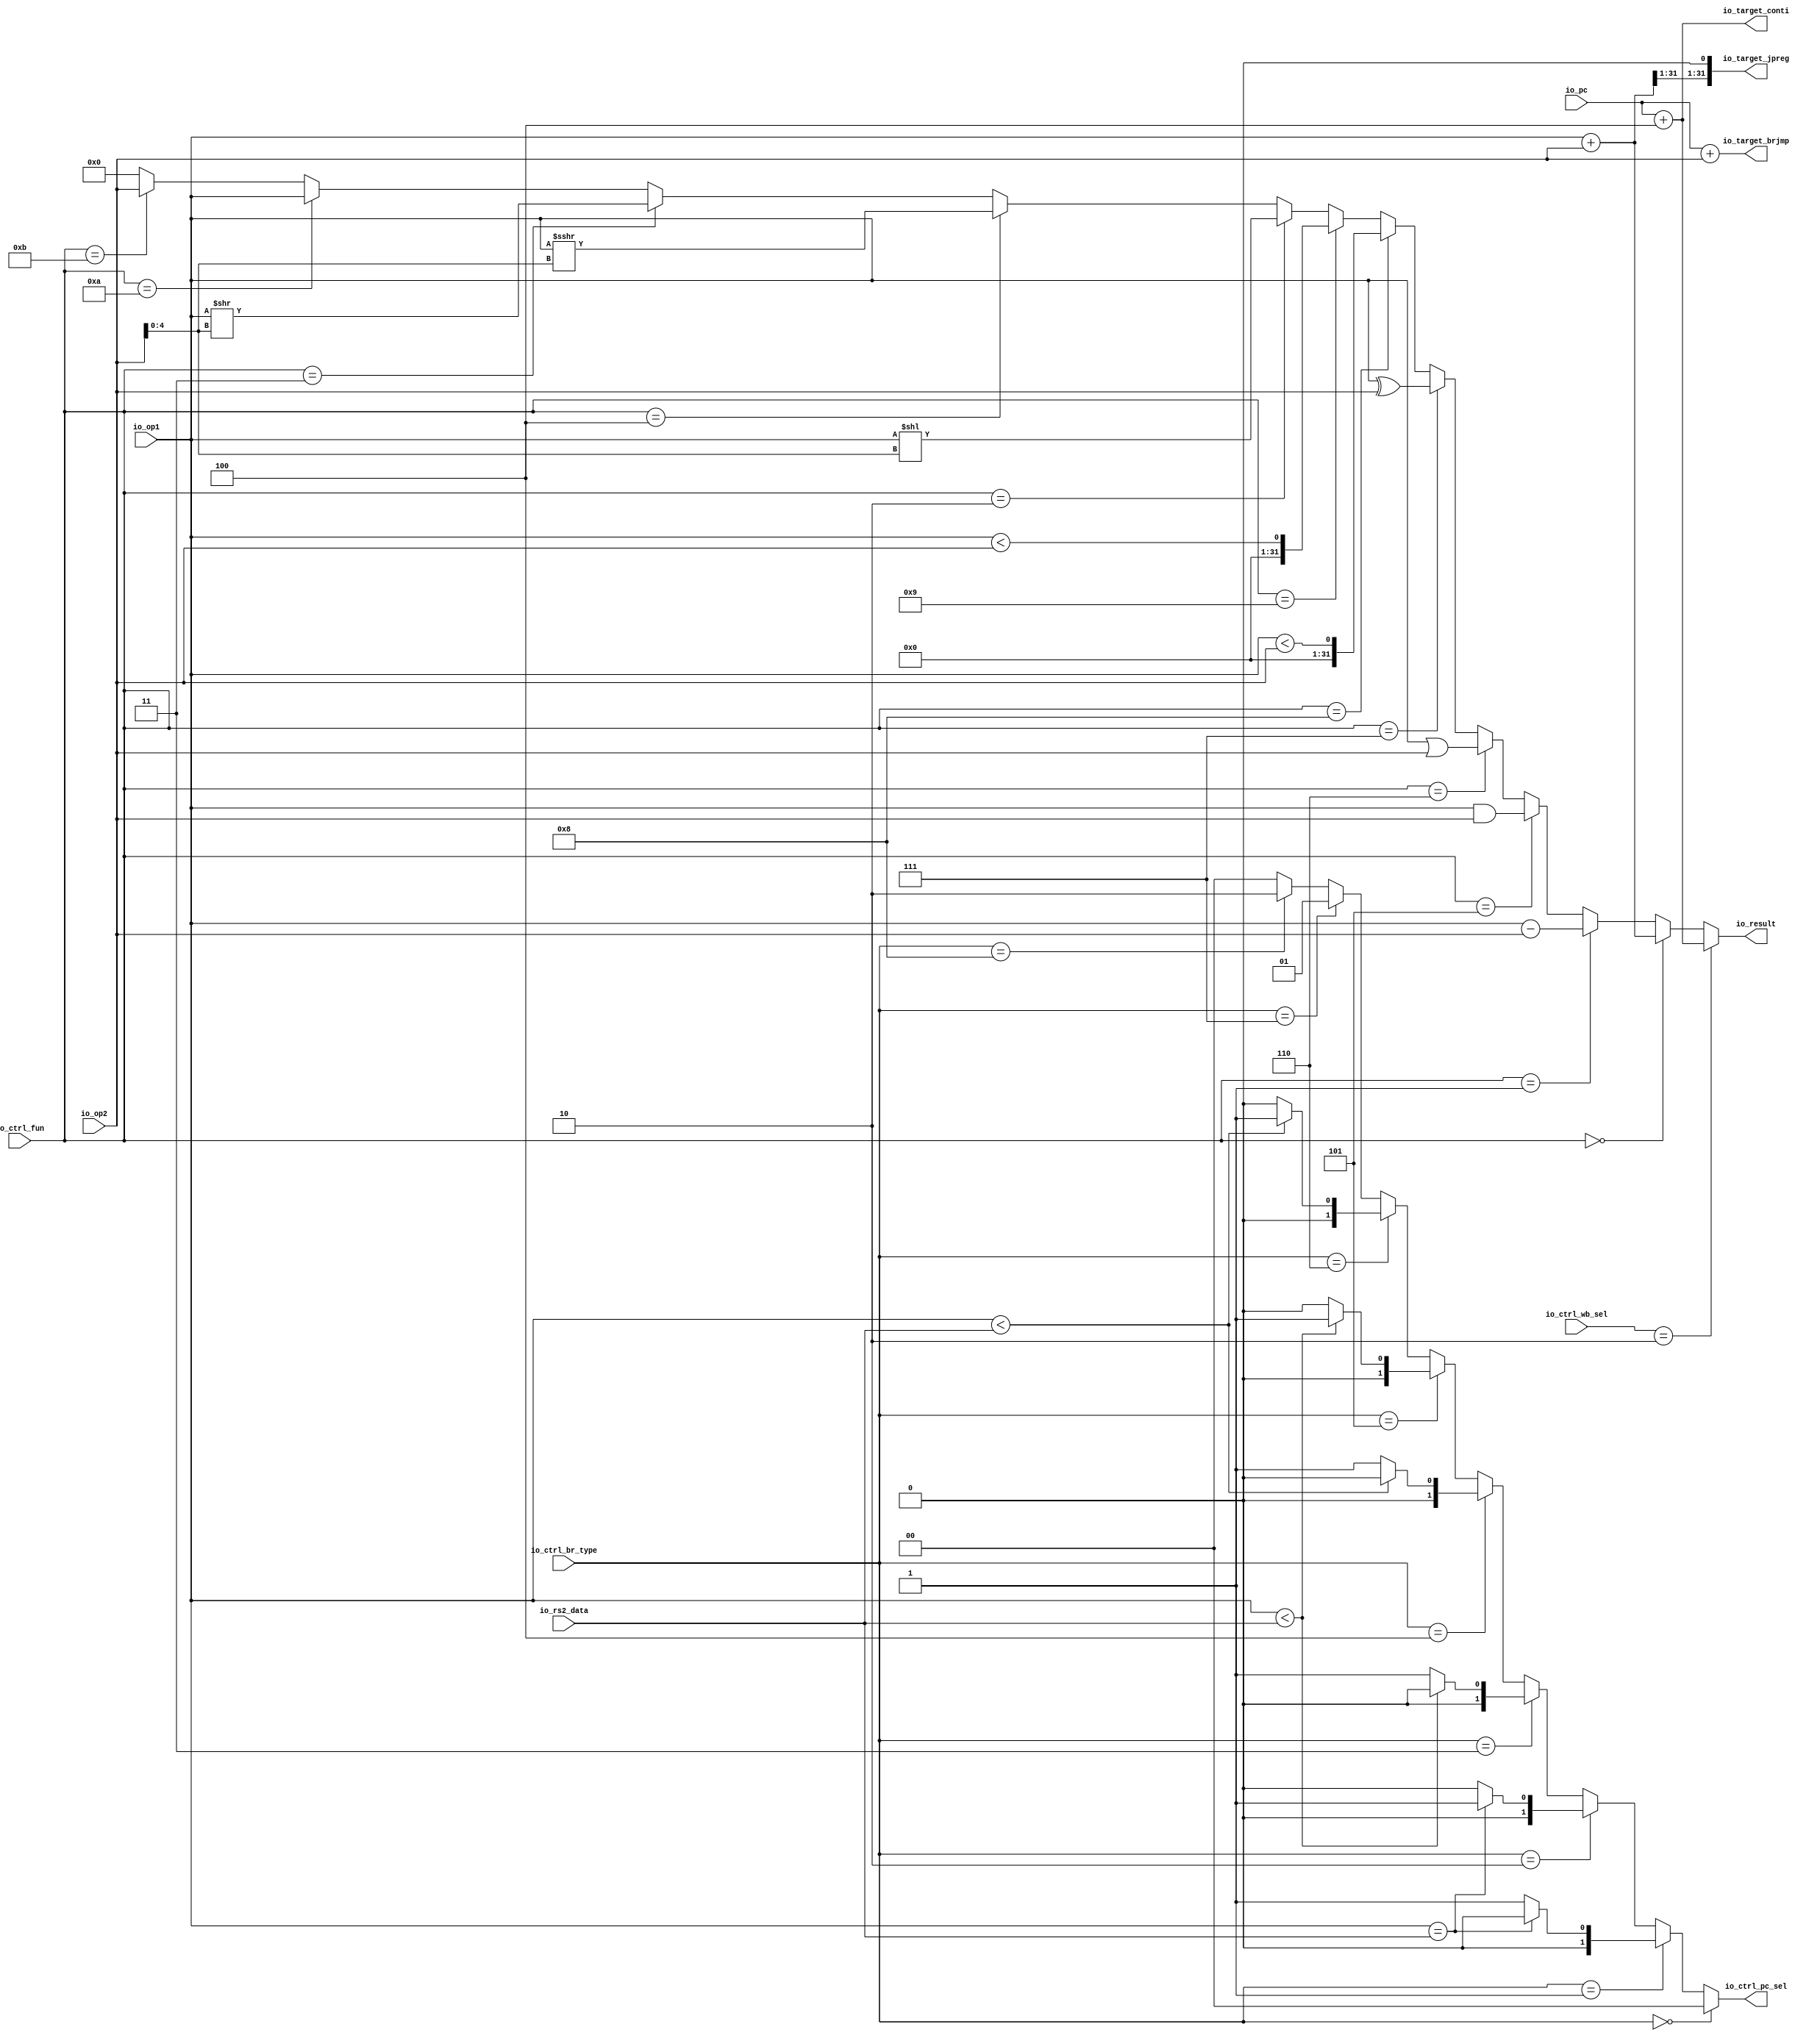
module ALU( // @[:@4914.2]
  input  [31:0] io_op1, // @[:@4917.4]
  input  [31:0] io_op2, // @[:@4917.4]
  input  [31:0] io_pc, // @[:@4917.4]
  input  [3:0]  io_ctrl_fun, // @[:@4917.4]
  input  [3:0]  io_ctrl_br_type, // @[:@4917.4]
  input  [1:0]  io_ctrl_wb_sel, // @[:@4917.4]
  output [1:0]  io_ctrl_pc_sel, // @[:@4917.4]
  input  [31:0] io_rs2_data, // @[:@4917.4]
  output [31:0] io_result, // @[:@4917.4]
  output [31:0] io_target_brjmp, // @[:@4917.4]
  output [31:0] io_target_jpreg, // @[:@4917.4]
  output [31:0] io_target_conti // @[:@4917.4]
);
  wire [4:0] alu_shamt; // @[ALU.scala 32:32:@4919.4]
  wire [32:0] _T_25; // @[ALU.scala 33:34:@4920.4]
  wire [31:0] add_result; // @[ALU.scala 33:34:@4921.4]
  wire  _T_29; // @[ALU.scala 38:18:@4924.4]
  wire  _T_30; // @[ALU.scala 39:18:@4925.4]
  wire [32:0] _T_31; // @[ALU.scala 39:44:@4926.4]
  wire [32:0] _T_32; // @[ALU.scala 39:44:@4927.4]
  wire [31:0] _T_33; // @[ALU.scala 39:44:@4928.4]
  wire  _T_34; // @[ALU.scala 40:18:@4929.4]
  wire [31:0] _T_35; // @[ALU.scala 40:44:@4930.4]
  wire  _T_36; // @[ALU.scala 41:18:@4931.4]
  wire [31:0] _T_37; // @[ALU.scala 41:44:@4932.4]
  wire  _T_38; // @[ALU.scala 42:18:@4933.4]
  wire [31:0] _T_39; // @[ALU.scala 42:44:@4934.4]
  wire  _T_40; // @[ALU.scala 43:18:@4935.4]
  wire [31:0] _T_41; // @[ALU.scala 43:44:@4936.4]
  wire [31:0] _T_42; // @[ALU.scala 43:60:@4937.4]
  wire  _T_43; // @[ALU.scala 43:51:@4938.4]
  wire  _T_44; // @[ALU.scala 44:18:@4939.4]
  wire  _T_45; // @[ALU.scala 44:44:@4940.4]
  wire  _T_46; // @[ALU.scala 45:18:@4941.4]
  wire [62:0] _GEN_0; // @[ALU.scala 45:44:@4942.4]
  wire [62:0] _T_47; // @[ALU.scala 45:44:@4942.4]
  wire [31:0] _T_48; // @[ALU.scala 45:57:@4943.4]
  wire  _T_49; // @[ALU.scala 46:18:@4944.4]
  wire [31:0] _T_51; // @[ALU.scala 46:51:@4946.4]
  wire [31:0] _T_52; // @[ALU.scala 46:65:@4947.4]
  wire  _T_53; // @[ALU.scala 47:18:@4948.4]
  wire [31:0] _T_54; // @[ALU.scala 47:44:@4949.4]
  wire  _T_55; // @[ALU.scala 48:18:@4950.4]
  wire  _T_56; // @[ALU.scala 49:18:@4951.4]
  wire [31:0] _T_57; // @[Mux.scala 61:16:@4952.4]
  wire [31:0] _T_58; // @[Mux.scala 61:16:@4953.4]
  wire [31:0] _T_59; // @[Mux.scala 61:16:@4954.4]
  wire [31:0] _T_60; // @[Mux.scala 61:16:@4955.4]
  wire [31:0] _T_61; // @[Mux.scala 61:16:@4956.4]
  wire [31:0] _T_62; // @[Mux.scala 61:16:@4957.4]
  wire [31:0] _T_63; // @[Mux.scala 61:16:@4958.4]
  wire [31:0] _T_64; // @[Mux.scala 61:16:@4959.4]
  wire [31:0] _T_65; // @[Mux.scala 61:16:@4960.4]
  wire [31:0] _T_66; // @[Mux.scala 61:16:@4961.4]
  wire [31:0] _T_67; // @[Mux.scala 61:16:@4962.4]
  wire [31:0] result; // @[Mux.scala 61:16:@4963.4]
  wire [32:0] _T_69; // @[ALU.scala 52:31:@4965.4]
  wire [30:0] _T_71; // @[ALU.scala 53:39:@4968.4]
  wire [32:0] _T_75; // @[ALU.scala 54:31:@4971.4]
  wire  _T_77; // @[ALU.scala 55:40:@4974.4]
  wire  br_eq; // @[ALU.scala 57:29:@4977.4]
  wire [31:0] _T_80; // @[ALU.scala 58:50:@4979.4]
  wire  br_lt; // @[ALU.scala 58:36:@4980.4]
  wire  br_ltu; // @[ALU.scala 59:36:@4981.4]
  wire  _T_81; // @[ALU.scala 63:25:@4982.4]
  wire  _T_82; // @[ALU.scala 64:25:@4983.4]
  wire  _T_84; // @[ALU.scala 64:41:@4984.4]
  wire [1:0] _T_85; // @[ALU.scala 64:40:@4985.4]
  wire  _T_86; // @[ALU.scala 65:25:@4986.4]
  wire [1:0] _T_87; // @[ALU.scala 65:40:@4987.4]
  wire  _T_88; // @[ALU.scala 66:25:@4988.4]
  wire  _T_90; // @[ALU.scala 66:41:@4989.4]
  wire [1:0] _T_91; // @[ALU.scala 66:40:@4990.4]
  wire  _T_92; // @[ALU.scala 67:25:@4991.4]
  wire  _T_94; // @[ALU.scala 67:41:@4992.4]
  wire [1:0] _T_95; // @[ALU.scala 67:40:@4993.4]
  wire  _T_96; // @[ALU.scala 68:25:@4994.4]
  wire [1:0] _T_97; // @[ALU.scala 68:40:@4995.4]
  wire  _T_98; // @[ALU.scala 69:25:@4996.4]
  wire [1:0] _T_99; // @[ALU.scala 69:40:@4997.4]
  wire  _T_100; // @[ALU.scala 70:25:@4998.4]
  wire  _T_101; // @[ALU.scala 71:25:@4999.4]
  wire [1:0] _T_102; // @[ALU.scala 71:8:@5000.4]
  wire [1:0] _T_103; // @[ALU.scala 70:8:@5001.4]
  wire [1:0] _T_104; // @[ALU.scala 69:8:@5002.4]
  wire [1:0] _T_105; // @[ALU.scala 68:8:@5003.4]
  wire [1:0] _T_106; // @[ALU.scala 67:8:@5004.4]
  wire [1:0] _T_107; // @[ALU.scala 66:8:@5005.4]
  wire [1:0] _T_108; // @[ALU.scala 65:8:@5006.4]
  wire [1:0] _T_109; // @[ALU.scala 64:8:@5007.4]
  assign alu_shamt = io_op2[4:0]; // @[ALU.scala 32:32:@4919.4]
  assign _T_25 = io_op1 + io_op2; // @[ALU.scala 33:34:@4920.4]
  assign add_result = io_op1 + io_op2; // @[ALU.scala 33:34:@4921.4]
  assign _T_29 = io_ctrl_fun == 4'h0; // @[ALU.scala 38:18:@4924.4]
  assign _T_30 = io_ctrl_fun == 4'h1; // @[ALU.scala 39:18:@4925.4]
  assign _T_31 = io_op1 - io_op2; // @[ALU.scala 39:44:@4926.4]
  assign _T_32 = $unsigned(_T_31); // @[ALU.scala 39:44:@4927.4]
  assign _T_33 = _T_32[31:0]; // @[ALU.scala 39:44:@4928.4]
  assign _T_34 = io_ctrl_fun == 4'h5; // @[ALU.scala 40:18:@4929.4]
  assign _T_35 = io_op1 & io_op2; // @[ALU.scala 40:44:@4930.4]
  assign _T_36 = io_ctrl_fun == 4'h6; // @[ALU.scala 41:18:@4931.4]
  assign _T_37 = io_op1 | io_op2; // @[ALU.scala 41:44:@4932.4]
  assign _T_38 = io_ctrl_fun == 4'h7; // @[ALU.scala 42:18:@4933.4]
  assign _T_39 = io_op1 ^ io_op2; // @[ALU.scala 42:44:@4934.4]
  assign _T_40 = io_ctrl_fun == 4'h8; // @[ALU.scala 43:18:@4935.4]
  assign _T_41 = $signed(io_op1); // @[ALU.scala 43:44:@4936.4]
  assign _T_42 = $signed(io_op2); // @[ALU.scala 43:60:@4937.4]
  assign _T_43 = $signed(_T_41) < $signed(_T_42); // @[ALU.scala 43:51:@4938.4]
  assign _T_44 = io_ctrl_fun == 4'h9; // @[ALU.scala 44:18:@4939.4]
  assign _T_45 = io_op1 < io_op2; // @[ALU.scala 44:44:@4940.4]
  assign _T_46 = io_ctrl_fun == 4'h2; // @[ALU.scala 45:18:@4941.4]
  assign _GEN_0 = {{31'd0}, io_op1}; // @[ALU.scala 45:44:@4942.4]
  assign _T_47 = _GEN_0 << alu_shamt; // @[ALU.scala 45:44:@4942.4]
  assign _T_48 = _T_47[31:0]; // @[ALU.scala 45:57:@4943.4]
  assign _T_49 = io_ctrl_fun == 4'h4; // @[ALU.scala 46:18:@4944.4]
  assign _T_51 = $signed(_T_41) >>> alu_shamt; // @[ALU.scala 46:51:@4946.4]
  assign _T_52 = $unsigned(_T_51); // @[ALU.scala 46:65:@4947.4]
  assign _T_53 = io_ctrl_fun == 4'h3; // @[ALU.scala 47:18:@4948.4]
  assign _T_54 = io_op1 >> alu_shamt; // @[ALU.scala 47:44:@4949.4]
  assign _T_55 = io_ctrl_fun == 4'ha; // @[ALU.scala 48:18:@4950.4]
  assign _T_56 = io_ctrl_fun == 4'hb; // @[ALU.scala 49:18:@4951.4]
  assign _T_57 = _T_56 ? io_op2 : 32'h0; // @[Mux.scala 61:16:@4952.4]
  assign _T_58 = _T_55 ? io_op1 : _T_57; // @[Mux.scala 61:16:@4953.4]
  assign _T_59 = _T_53 ? _T_54 : _T_58; // @[Mux.scala 61:16:@4954.4]
  assign _T_60 = _T_49 ? _T_52 : _T_59; // @[Mux.scala 61:16:@4955.4]
  assign _T_61 = _T_46 ? _T_48 : _T_60; // @[Mux.scala 61:16:@4956.4]
  assign _T_62 = _T_44 ? {{31'd0}, _T_45} : _T_61; // @[Mux.scala 61:16:@4957.4]
  assign _T_63 = _T_40 ? {{31'd0}, _T_43} : _T_62; // @[Mux.scala 61:16:@4958.4]
  assign _T_64 = _T_38 ? _T_39 : _T_63; // @[Mux.scala 61:16:@4959.4]
  assign _T_65 = _T_36 ? _T_37 : _T_64; // @[Mux.scala 61:16:@4960.4]
  assign _T_66 = _T_34 ? _T_35 : _T_65; // @[Mux.scala 61:16:@4961.4]
  assign _T_67 = _T_30 ? _T_33 : _T_66; // @[Mux.scala 61:16:@4962.4]
  assign result = _T_29 ? add_result : _T_67; // @[Mux.scala 61:16:@4963.4]
  assign _T_69 = io_pc + io_op2; // @[ALU.scala 52:31:@4965.4]
  assign _T_71 = add_result[31:1]; // @[ALU.scala 53:39:@4968.4]
  assign _T_75 = io_pc + 32'h4; // @[ALU.scala 54:31:@4971.4]
  assign _T_77 = io_ctrl_wb_sel == 2'h2; // @[ALU.scala 55:40:@4974.4]
  assign br_eq = io_op1 == io_rs2_data; // @[ALU.scala 57:29:@4977.4]
  assign _T_80 = $signed(io_rs2_data); // @[ALU.scala 58:50:@4979.4]
  assign br_lt = $signed(_T_41) < $signed(_T_80); // @[ALU.scala 58:36:@4980.4]
  assign br_ltu = io_op1 < io_rs2_data; // @[ALU.scala 59:36:@4981.4]
  assign _T_81 = io_ctrl_br_type == 4'h0; // @[ALU.scala 63:25:@4982.4]
  assign _T_82 = io_ctrl_br_type == 4'h1; // @[ALU.scala 64:25:@4983.4]
  assign _T_84 = br_eq == 1'h0; // @[ALU.scala 64:41:@4984.4]
  assign _T_85 = _T_84 ? 2'h1 : 2'h0; // @[ALU.scala 64:40:@4985.4]
  assign _T_86 = io_ctrl_br_type == 4'h2; // @[ALU.scala 65:25:@4986.4]
  assign _T_87 = br_eq ? 2'h1 : 2'h0; // @[ALU.scala 65:40:@4987.4]
  assign _T_88 = io_ctrl_br_type == 4'h3; // @[ALU.scala 66:25:@4988.4]
  assign _T_90 = br_lt == 1'h0; // @[ALU.scala 66:41:@4989.4]
  assign _T_91 = _T_90 ? 2'h1 : 2'h0; // @[ALU.scala 66:40:@4990.4]
  assign _T_92 = io_ctrl_br_type == 4'h4; // @[ALU.scala 67:25:@4991.4]
  assign _T_94 = br_ltu == 1'h0; // @[ALU.scala 67:41:@4992.4]
  assign _T_95 = _T_94 ? 2'h1 : 2'h0; // @[ALU.scala 67:40:@4993.4]
  assign _T_96 = io_ctrl_br_type == 4'h5; // @[ALU.scala 68:25:@4994.4]
  assign _T_97 = br_lt ? 2'h1 : 2'h0; // @[ALU.scala 68:40:@4995.4]
  assign _T_98 = io_ctrl_br_type == 4'h6; // @[ALU.scala 69:25:@4996.4]
  assign _T_99 = br_ltu ? 2'h1 : 2'h0; // @[ALU.scala 69:40:@4997.4]
  assign _T_100 = io_ctrl_br_type == 4'h7; // @[ALU.scala 70:25:@4998.4]
  assign _T_101 = io_ctrl_br_type == 4'h8; // @[ALU.scala 71:25:@4999.4]
  assign _T_102 = _T_101 ? 2'h2 : 2'h0; // @[ALU.scala 71:8:@5000.4]
  assign _T_103 = _T_100 ? 2'h1 : _T_102; // @[ALU.scala 70:8:@5001.4]
  assign _T_104 = _T_98 ? _T_99 : _T_103; // @[ALU.scala 69:8:@5002.4]
  assign _T_105 = _T_96 ? _T_97 : _T_104; // @[ALU.scala 68:8:@5003.4]
  assign _T_106 = _T_92 ? _T_95 : _T_105; // @[ALU.scala 67:8:@5004.4]
  assign _T_107 = _T_88 ? _T_91 : _T_106; // @[ALU.scala 66:8:@5005.4]
  assign _T_108 = _T_86 ? _T_87 : _T_107; // @[ALU.scala 65:8:@5006.4]
  assign _T_109 = _T_82 ? _T_85 : _T_108; // @[ALU.scala 64:8:@5007.4]
  assign io_ctrl_pc_sel = _T_81 ? 2'h0 : _T_109; // @[ALU.scala 62:18:@5009.4]
  assign io_result = _T_77 ? io_target_conti : result; // @[ALU.scala 55:18:@4976.4]
  assign io_target_brjmp = io_pc + io_op2; // @[ALU.scala 52:22:@4967.4]
  assign io_target_jpreg = {_T_71,1'h0}; // @[ALU.scala 53:22:@4970.4]
  assign io_target_conti = io_pc + 32'h4; // @[ALU.scala 54:22:@4973.4]
endmodule